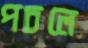
পচলে